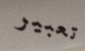
تعبير